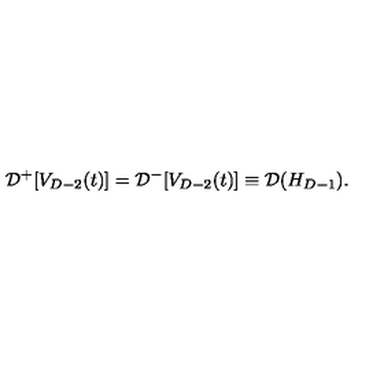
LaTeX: { \cal D } ^ { + } [ V _ { D - 2 } ( t ) ] = { \cal D } ^ { - } [ V _ { D - 2 } ( t ) ] \equiv { \cal D } ( H _ { D - 1 } ) .